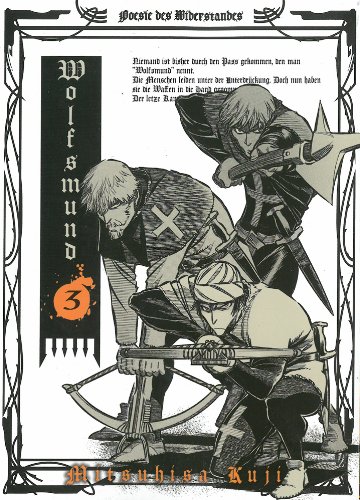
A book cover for Wolfsmund, Vol. 3; Mitsuhisa Kuji; Comics & Graphic Novels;